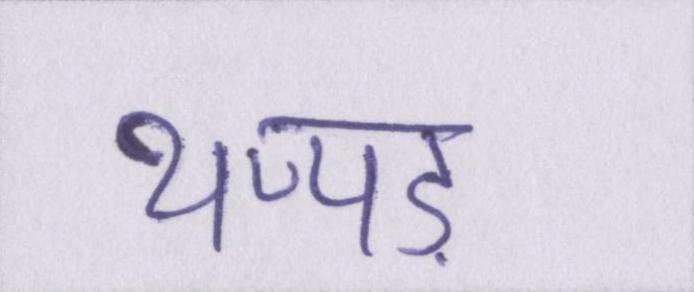
थप्पड़